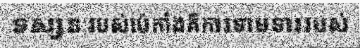
ទស្សនៈរបស់ប៉េកាំងគឺការទាមទាររបស់